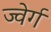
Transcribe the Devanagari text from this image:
ज्वेर्ग